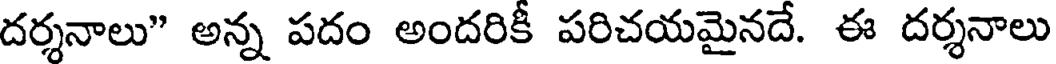
దర్శనాలు" అన్న పదం అందరికీ పరిచయమైనదే. ఈ దర్శనాలు